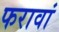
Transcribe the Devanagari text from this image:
फरावां